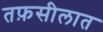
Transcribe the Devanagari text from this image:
तफ़सीलात